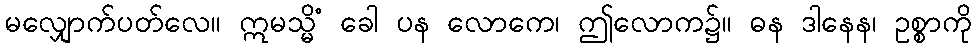
မလျှောက်ပတ်လေ။ ဣမသ္မိံ ခေါ ပန လောကေ၊ ဤလောက၌။ ဓန ဒါနေန၊ ဥစ္စာကို